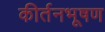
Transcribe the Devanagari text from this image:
कीर्तनभूषण